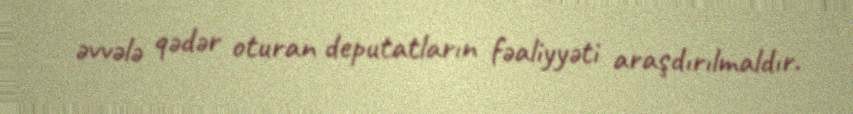
əvvələ qədər oturan deputatların fəaliyyəti araşdırılmaldır.